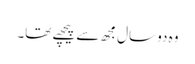
وہ دو سال مجھ سے پیچھے تھا۔